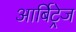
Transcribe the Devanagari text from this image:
आर्बिट्रेज